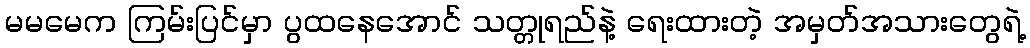
မမမေက ကြမ်းပြင်မှာ ပွထနေအောင် သတ္တုရည်နဲ့ ရေးထားတဲ့ အမှတ်အသားတွေရဲ့